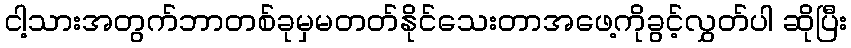
ငါ့သားအတွက်ဘာတစ်ခုမှမတတ်နိုင်သေးတာအဖေ့ကိုခွင့်လွှတ်ပါ ဆိုပြီး